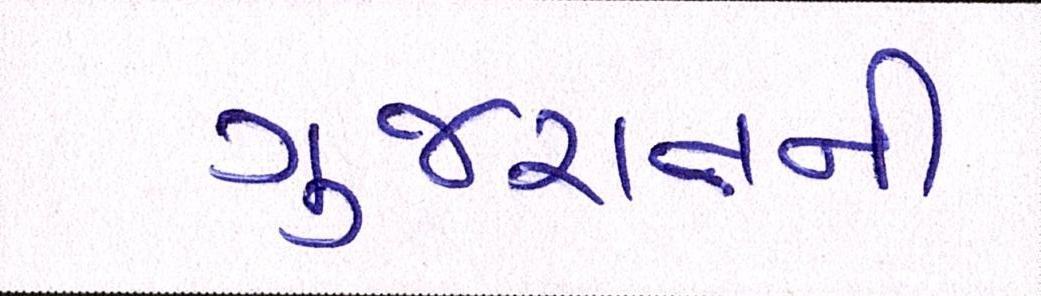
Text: ગુજરાતની